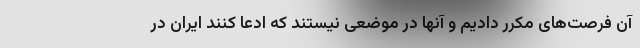
آن فرصت‌های مکرر دادیم و آنها در موضعی نیستند که ادعا کنند ایران در